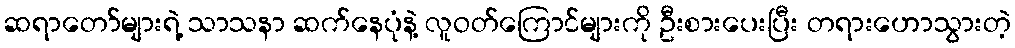
ဆရာတော်များရဲ့ သာသနာ ဆက်နေပုံနဲ့ လူဝတ်ကြောင်များကို ဦးစားပေးပြီး တရားဟောသွားတဲ့